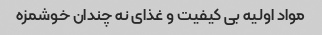
مواد اولیه بی کیفیت و غذای نه چندان خوشمزه